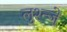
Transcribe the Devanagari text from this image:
लुश्न्जे